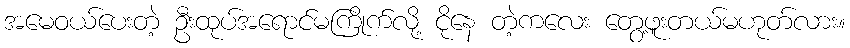
အမေဝယ်ပေးတဲ့ ဦးထုပ်အရောင်မကြိုက်လို့ ငိုနေ တဲ့ကလေး တွေ့ဖူးတယ်မဟုတ်လား။